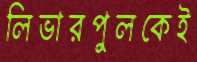
লিভারপুলকেই